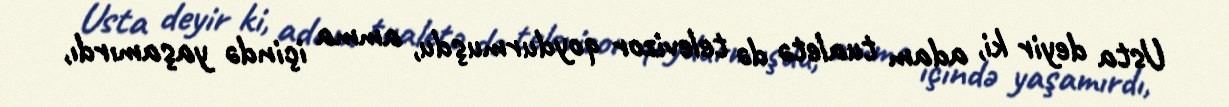
Usta deyir ki, adam tualetə də televizor qoydurmuşdu, amma içində yaşamırdı,